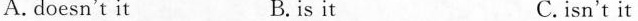
A.doesn't it B.isit C.isn't it